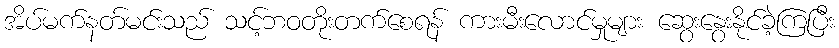
အိပ်မက်နတ်မင်းသည် သင့်ဘဝတိုးတက်စေရန် ကားမီးလောင်မှုများ ဆွေးနွေးနိုင်ခဲ့ကြပြီး